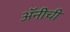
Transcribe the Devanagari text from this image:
अॅनीची